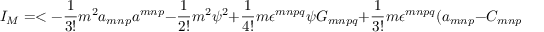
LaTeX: I _ { M } = < - \frac { 1 } { 3 ! } m ^ { 2 } a _ { m n p } a ^ { m n p } - \frac { 1 } { 2 ! } m ^ { 2 } \psi ^ { 2 } + \frac { 1 } { 4 ! } m \epsilon ^ { m n p q } \psi G _ { m n p q } + \frac { 1 } { 3 ! } m \epsilon ^ { m n p q } ( a _ { m n p } - C _ { m n p } ) \partial _ { q } \phi > .